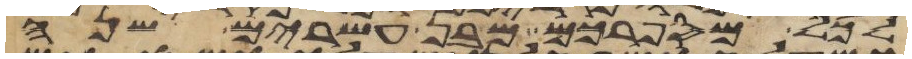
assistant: לכל מספרכם מבן עשרים שנה